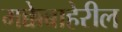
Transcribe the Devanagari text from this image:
मक्केबाहेरील